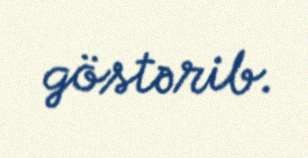
göstərib.